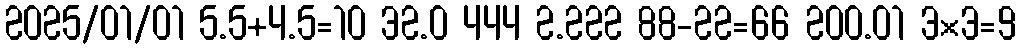
2025/01/01 5.5+4.5=10 32.0 444 2.222 88-22=66 200.01 3×3=9